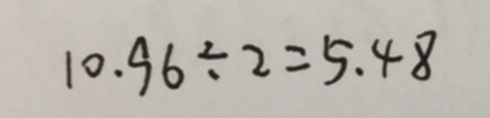
1 0 . 9 6 \div 2 = 5 . 4 8